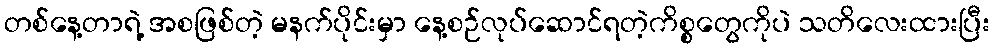
တစ်နေ့တာရဲ့ အစဖြစ်တဲ့ မနက်ပိုင်းမှာ နေ့စဉ်လုပ်ဆောင်ရတဲ့ကိစ္စတွေကိုပဲ သတိလေးထားပြီး